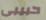
حبيبى